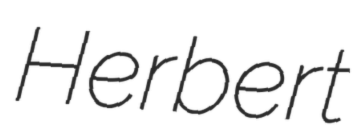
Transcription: Herbert